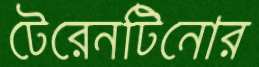
টেরেনটিনোর